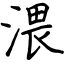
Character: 渨